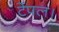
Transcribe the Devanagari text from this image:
टेंपल।